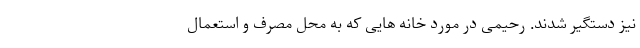
نیز دستگیر شدند. رحیمی در مورد خانه هایی که به محل مصرف و استعمال